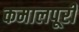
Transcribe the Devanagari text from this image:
कमालपूरी